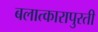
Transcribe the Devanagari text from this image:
बलात्कारापुरती